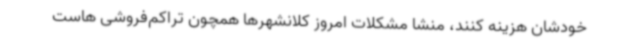
خودشان هزینه کنند، منشا مشکلات امروز کلانشهرها همچون تراکم‌فروشی هاست